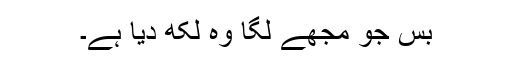
بس جو مجھے لگا وہ لکھ دیا ہے۔